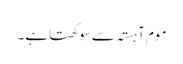
موم آہستہ سے سوکھتا ہے۔